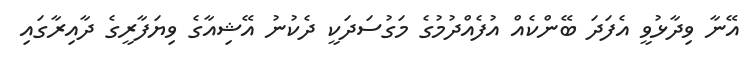
އޭނާ ވިދާޅުވީ އެފަދަ ބޭންކެއް އުފެއްދުމުގެ މަގުސަދަކީ ދެކުނު އޭޝިއާގެ ވިޔަފާރީގެ ދާއިރާގައި